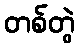
တစ်တွဲ